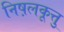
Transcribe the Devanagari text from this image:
निष़लकूत्तु